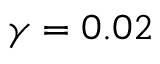
\gamma = 0 . 0 2